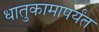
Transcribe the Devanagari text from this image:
धातुकामापर्यंत